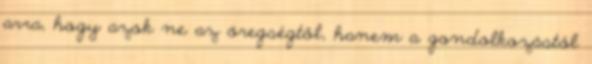
arra, hogy azok ne az öregségtől, hanem a gondolkozástól